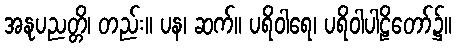
အနုပညတ္တိ၊ တည်း။ ပန၊ ဆက်။ ပရိဝါရေ၊ ပရိဝါပါဠိတော်၌။